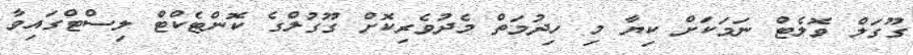
ގޫގަލް ވޮލެޓް ނަމަކަށް ކިޔާ މި ހިދުމަތް މެދުވެރިކޮށް ގޫގުލްގެ ކޮންޓެކްޓް ލިސްޓްގައިވާ